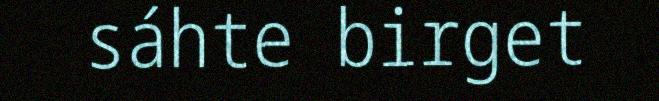
sáhte birget